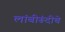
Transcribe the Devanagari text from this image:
लांबीरूंदीचे